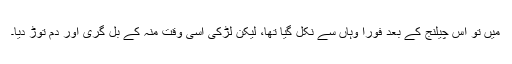
میں تو اس چیلنج کے بعد فوراً وہاں سے نکل گیا تھا، لیکن لڑکی اسی وقت منہ کے بل گری اور دم توڑ دیا۔